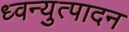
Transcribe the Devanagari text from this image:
ध्वन्युत्पादन